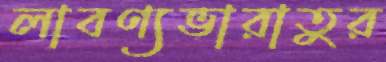
লাবণ্যভারাতুর